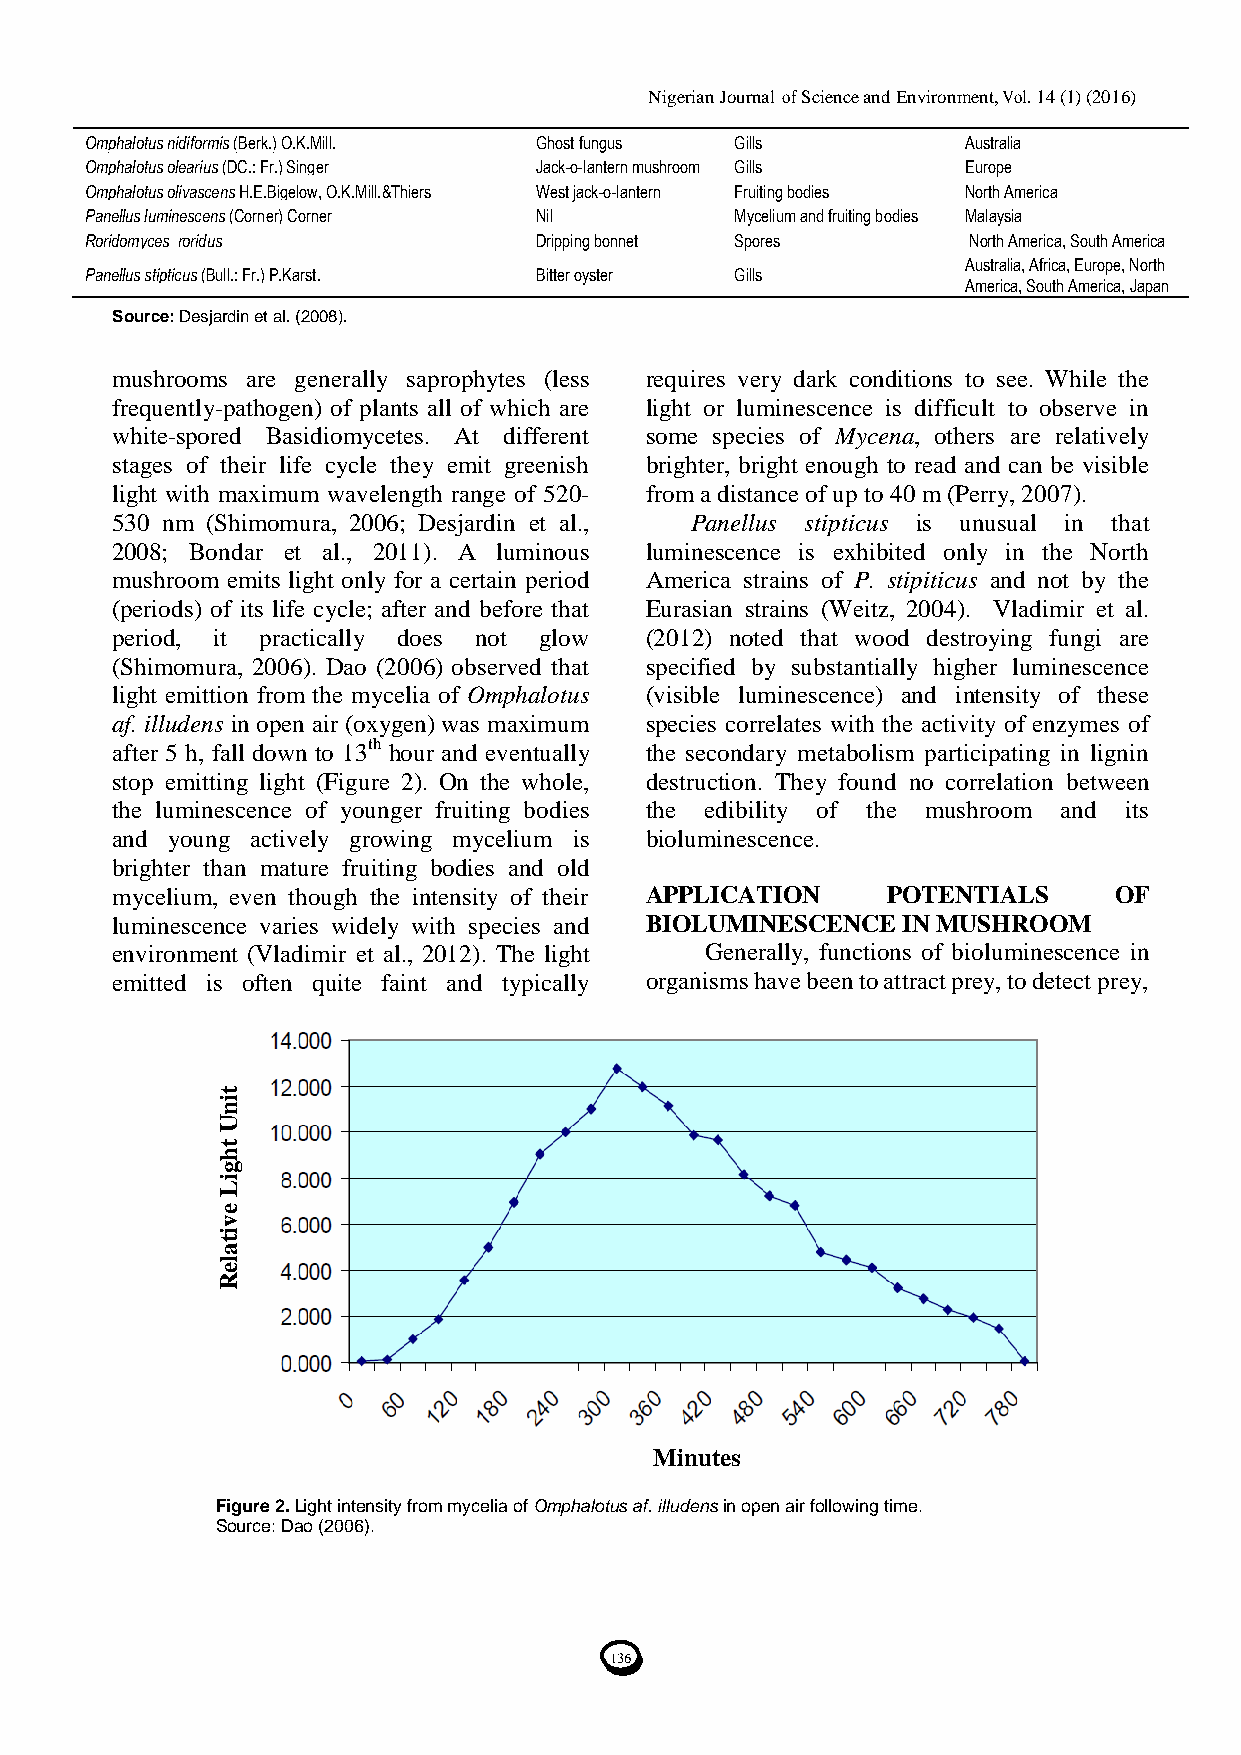
Nigerian Journal of Science and Environment, Vol. 14 (1) (2016)
 Omphalotus nidiformis (Berk.) O.K.Mill. Ghost fungus Gills Australia
 Omphalotus olearius (DC.: Fr.) Singer Jack-o-lantern mushroom Gills Europe
 Omphalotus olivascens H.E.Bigelow, O.K.Mill.&Thiers West jack-o-lantern Fruiting bodies North America
 Panellus luminescens (Corner) Corner Nil   Mycelium and fruiting bodies Malaysia
 Roridomyces roridus          Dripping bonnet Spores       North America, South America
 Australia, Africa, Europe, North
 Panellus stipticus (Bull.: Fr.) P.Karst. Bitter oyster Gills
 America, South America, Japan
 Source: Desjardin et al. (2008).
 mushrooms are generally saprophytes (less requires very dark conditions to see. While the
 frequently-pathogen) of plants all of which are light or luminescence is difficult to observe in
 white-spored Basidiomycetes. At different some species of Mycena, others are relatively
 stages of their life cycle they emit greenish brighter, bright enough to read and can be visible
 light with maximum wavelength range of 520- from a distance of up to 40 m (Perry, 2007).
 530 nm (Shimomura, 2006; Desjardin et al., Panellus stipticus is unusual in that
 2008; Bondar et al., 2011). A luminous luminescence is exhibited only in the North
 mushroom emits light only for a certain period America strains of P. stipiticus and not by the
 (periods) of its life cycle; after and before that Eurasian strains (Weitz, 2004). Vladimir et al.
 period, it practically does not glow (2012) noted that wood destroying fungi are
 (Shimomura, 2006). Dao (2006) observed that specified by substantially higher luminescence
 light emittion from the mycelia of Omphalotus (visible luminescence) and intensity of these
 af. illudens in open air (oxygen) was maximum species correlates with the activity of enzymes of
 after 5 h, fall down to 13th hour and eventually the secondary metabolism participating in lignin
 stop emitting light (Figure 2). On the whole, destruction. They found no correlation between
 the luminescence of younger fruiting bodies the edibility of the mushroom and its
 and young actively growing mycelium is bioluminescence.
 brighter than mature fruiting bodies and old
 mycelium, even though the intensity of their APPLICATION POTENTIALS OF
 luminescence varies widely with species and BIOLUMINESCENCE IN MUSHROOM
 environ ment (Vladimir et al., 2012). The light Generally, functions of bioluminescence in
 emitted is often quite faint and typically organisms have been to attract prey, to detect prey,
 t
 i
 n
 U
 t
 h
 g
 i
 L
 e
 v
 i
 t
 a
 l
 e
 R
 Minutes
 Figure 2. Light intensity from mycelia of Omphalotus af. illudens in open air following time.
 Source: Dao (2006).
 136